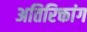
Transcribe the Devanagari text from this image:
अतिरिक्तांग